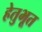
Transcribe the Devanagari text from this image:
हेतुभूत